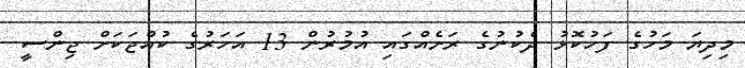
މިދިޔަ މަހުގެ ފަހުކޮޅު ދެކުނުގެ ރަށެއްގައި އުމުރުން 13 އަހަރުގެ ކުއްޖަކަށް ޖިންސީ